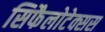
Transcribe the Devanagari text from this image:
सिफैलोटेक्सस